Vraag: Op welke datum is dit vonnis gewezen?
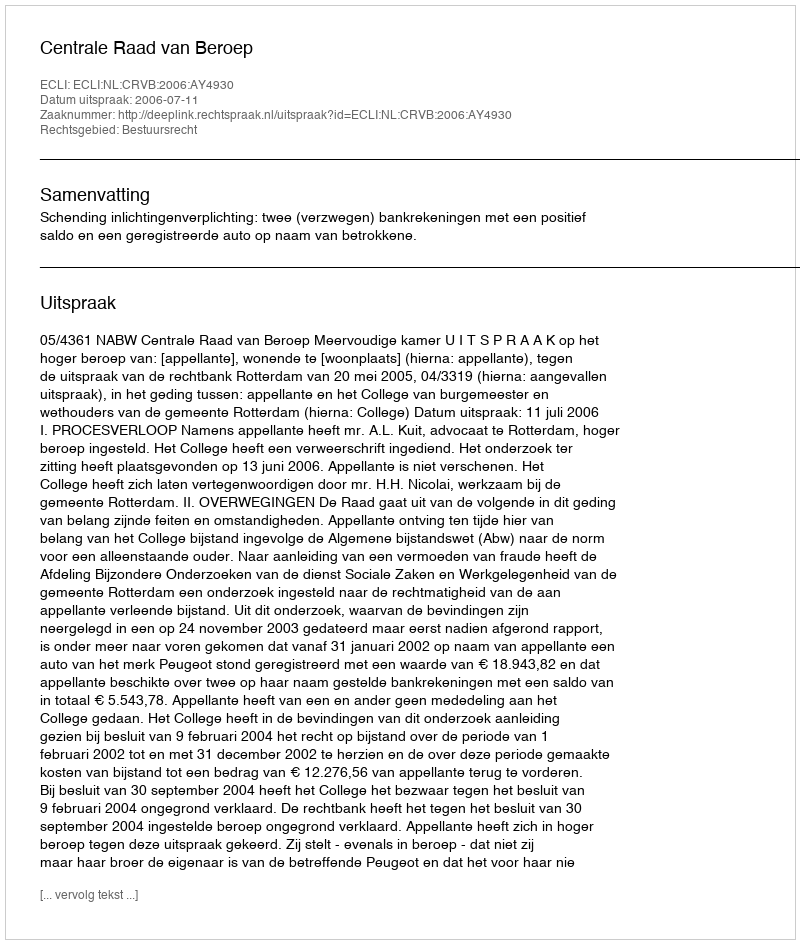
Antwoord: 2006-07-11